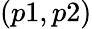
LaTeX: (p1,p2)